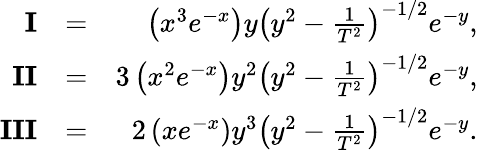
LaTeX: \begin{array}{rlr}{\mathbf{I}}&{=}&{\left(x^{3}e^{-x}\right)y\left(y^{2}-\frac{1}{T^{2}}\right)^{-1/2}e^{-y},}\\ {\mathbf{II}}&{=}&{3\left(x^{2}e^{-x}\right)y^{2}\left(y^{2}-\frac{1}{T^{2}}\right)^{-1/2}e^{-y},}\\ {\mathbf{III}}&{=}&{2\left(xe^{-x}\right)y^{3}\left(y^{2}-\frac{1}{T^{2}}\right)^{-1/2}e^{-y}.}\end{array}